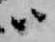
ハ